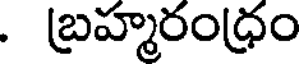
. బ్రహ్మరంధ్రం